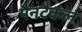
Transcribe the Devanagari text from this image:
पैनटैकल